Plague in India, 1896, 1897 - Volume 2
Year: 1896
Disease focus: Plague
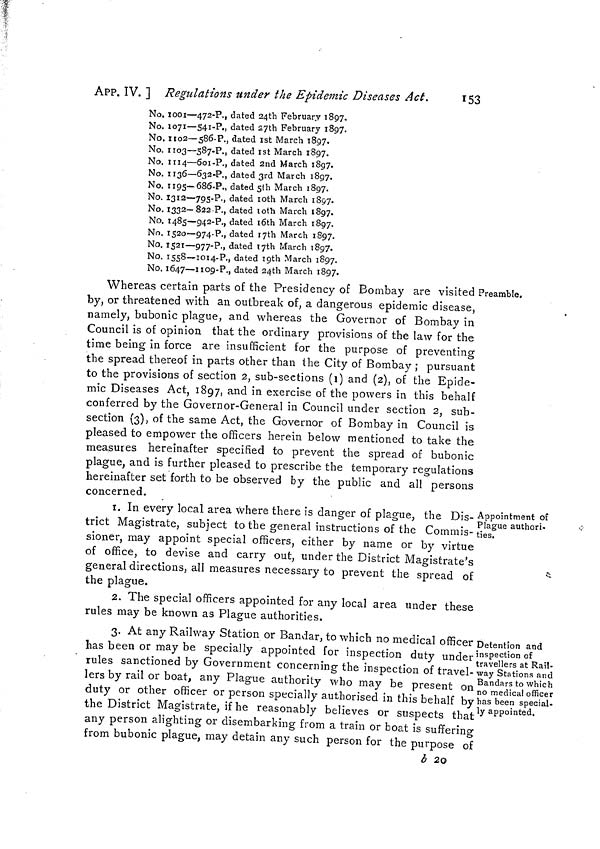
APP. IV. ] Regulations under the Epidemic Diseases Act.
153
No. 1001—472-P., dated 24th February 1897.
No. 1071—541-P., dated S7th February 1897.
No. 1102—586-P., dated 1st March 1897.
No. 1103—587-P., dated 1st March 1897.
No. 1114—6oi-P., dated 2nd March 1897.
No. 1136—632-P., dated 3rd March 1897.
No. 1195— 686-P., dated 5th March 1897.
No. 1312—795-P., dated l0th March 1857.
No. 1332—822-P., dated l0th March 1897.
No. 1485—942-P., dated l6th March 1897.
No. 1520—974-P., dated 17th March 1897.
No. 1521—977-P., dated l7th March 1897.
No. 1558—1014-P., dated 19th March 1897.
No. 1647—1109-P., dated 24th March 1897.
Preamble.
Whereas certain parts of the Presidency of Bombay are visited ;
by, or threatened with an outbreak of, a dangerous epidemic disease,
namely, bubonic plague, and whereas the Governor of Bombay in
Council is of opinion that the ordinary provisions of the law for the
time being in force are insufficient for the purpose of preventing
the spread thereof in parts other than the City of Bombay ; pursuant
to the provisions of section 2, sub-sections (1) and (2), of the Epide-
mic Diseases Act, 1897, and in exercise of the powers in this behalf
conferred by the Governor-General in Council under section 2, sub-
section (3), of the same Act, the Governor of Bombay in Council is
pleased to empower the officers herein below mentioned to take the
measures hereinafter specified to prevent the spread of bubonic
plague, and is further pleased to prescribe the temporary regulations
hereinafter set forth to be observed by the public and all persons
concerned.
Appointment of
Plague authori-
ties.
1. In every local area where there is danger of plague, the Dis-
trict Magistrate, subject to the general instructions of the Commis-
sioner, may appoint special officers, either by name or by virtue
of office, to devise and carry out, under the District Magistrate's
general directions, all measures necessary to prevent the spread of
the plague.
2. The special officers appointed for any local area under these
rules may be known as Plague authorities.
Detention and
inspection of
travellers at Rail-
way Stations and
Bandars to which
no medical officer
has been special-
ly appointed.
3. At any Railway Station or Bandar, to which no medical officer
has been or may be specially appointed for inspection duty under
rules sanctioned by Government concerning the inspection of travel-
lers by rail or boat, any Plague authority who may be present on
duty or other officer or person specially authorised in this behalf by
the District Magistrate, if he reasonably believes or suspects that
any person alighting or disembarking from a train or boat is suffering
from bubonic plague, may detain any such person for the purpose of
b 2o